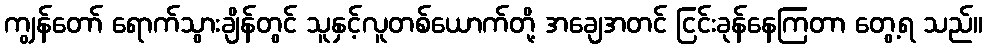
ကျွန်တော် ရောက်သွားချိန်တွင် သူနှင့်လူတစ်ယောက်တို့ အချေအတင် ငြင်းခုန်နေကြတာ တွေ့ရ သည်။